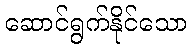
ဆောင်ရွက်နိုင်သော